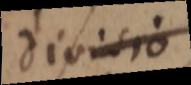
divisio